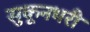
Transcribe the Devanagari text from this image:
सुकूनभरी